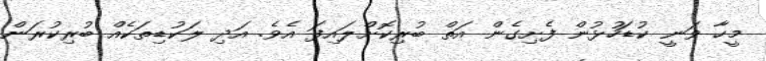
މީހާ ވަނީ ކުޑަހުޅުން ފެށިގެން އަތް ބުރިކޮށްލައިފަ އެވެ. އަދި ލަކުޑިތަކެއް ބުރިކުރަން